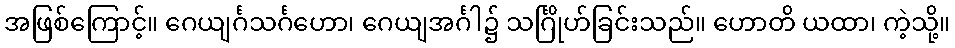
အဖြစ်ကြောင့်။ ဂေယျင်္ဂသင်္ဂဟော၊ ဂေယျအင်္ဂါ၌ သင်္ဂြိုဟ်ခြင်းသည်။ ဟောတိ ယထာ၊ ကဲ့သို့။